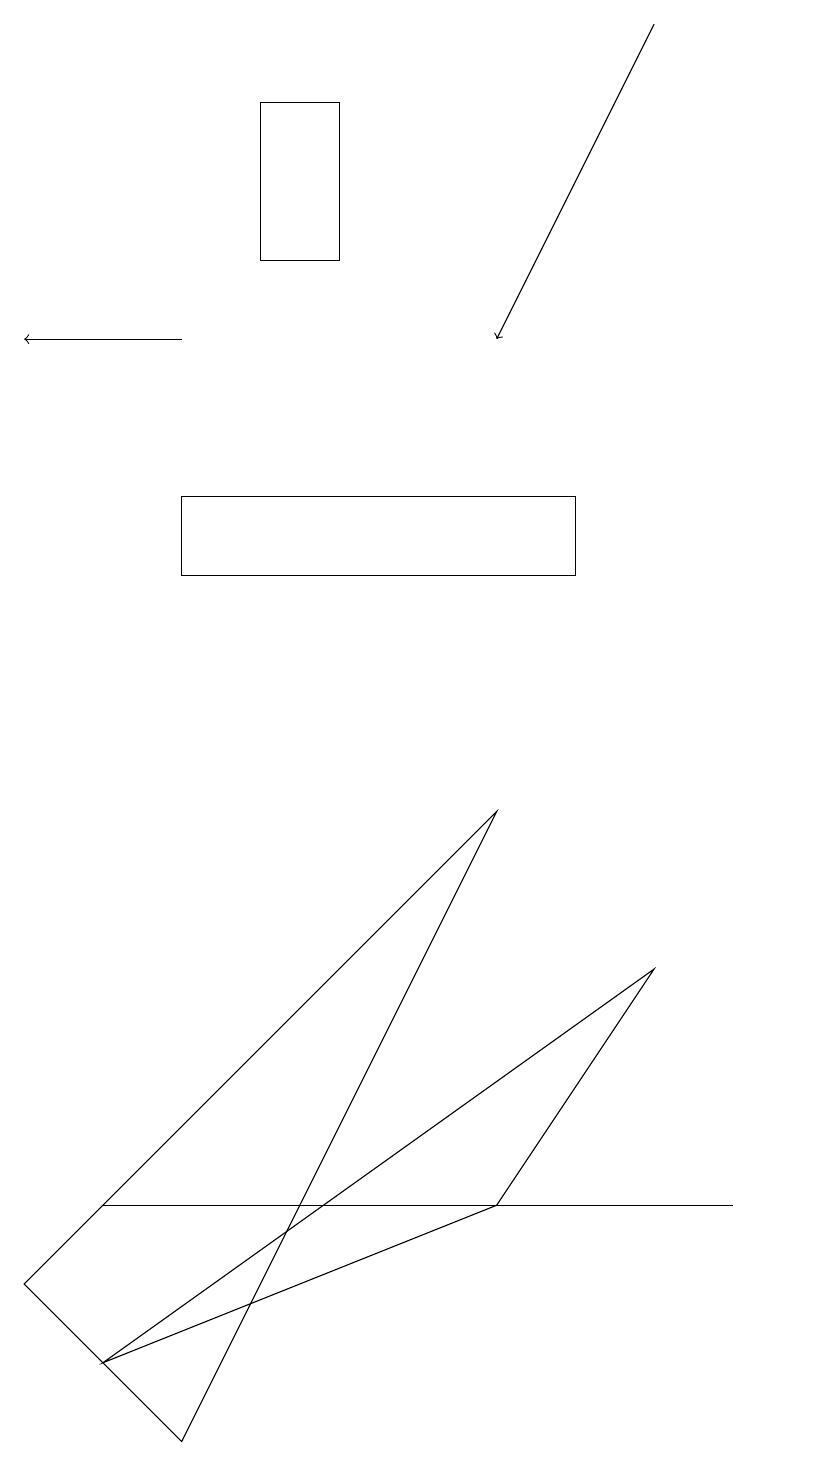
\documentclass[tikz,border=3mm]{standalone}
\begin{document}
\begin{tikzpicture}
\draw (10,11) circle (0);
\draw[->] (8,18) -- (6,14);
\draw (0,2) -- (2,0) -- (6,8) -- cycle;
\draw (7,12) rectangle (2,11);
\draw (1,3) -- (7,3) -- (9,3) -- cycle;
\draw (3,17) rectangle (4,15);
\draw (8,6) -- (1,1) -- (6,3) -- cycle;
\draw[->] (2,14) -- (0,14);
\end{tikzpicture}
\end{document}